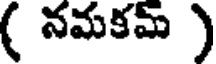
( నమకమ్ )